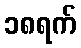
၁၈ရက်